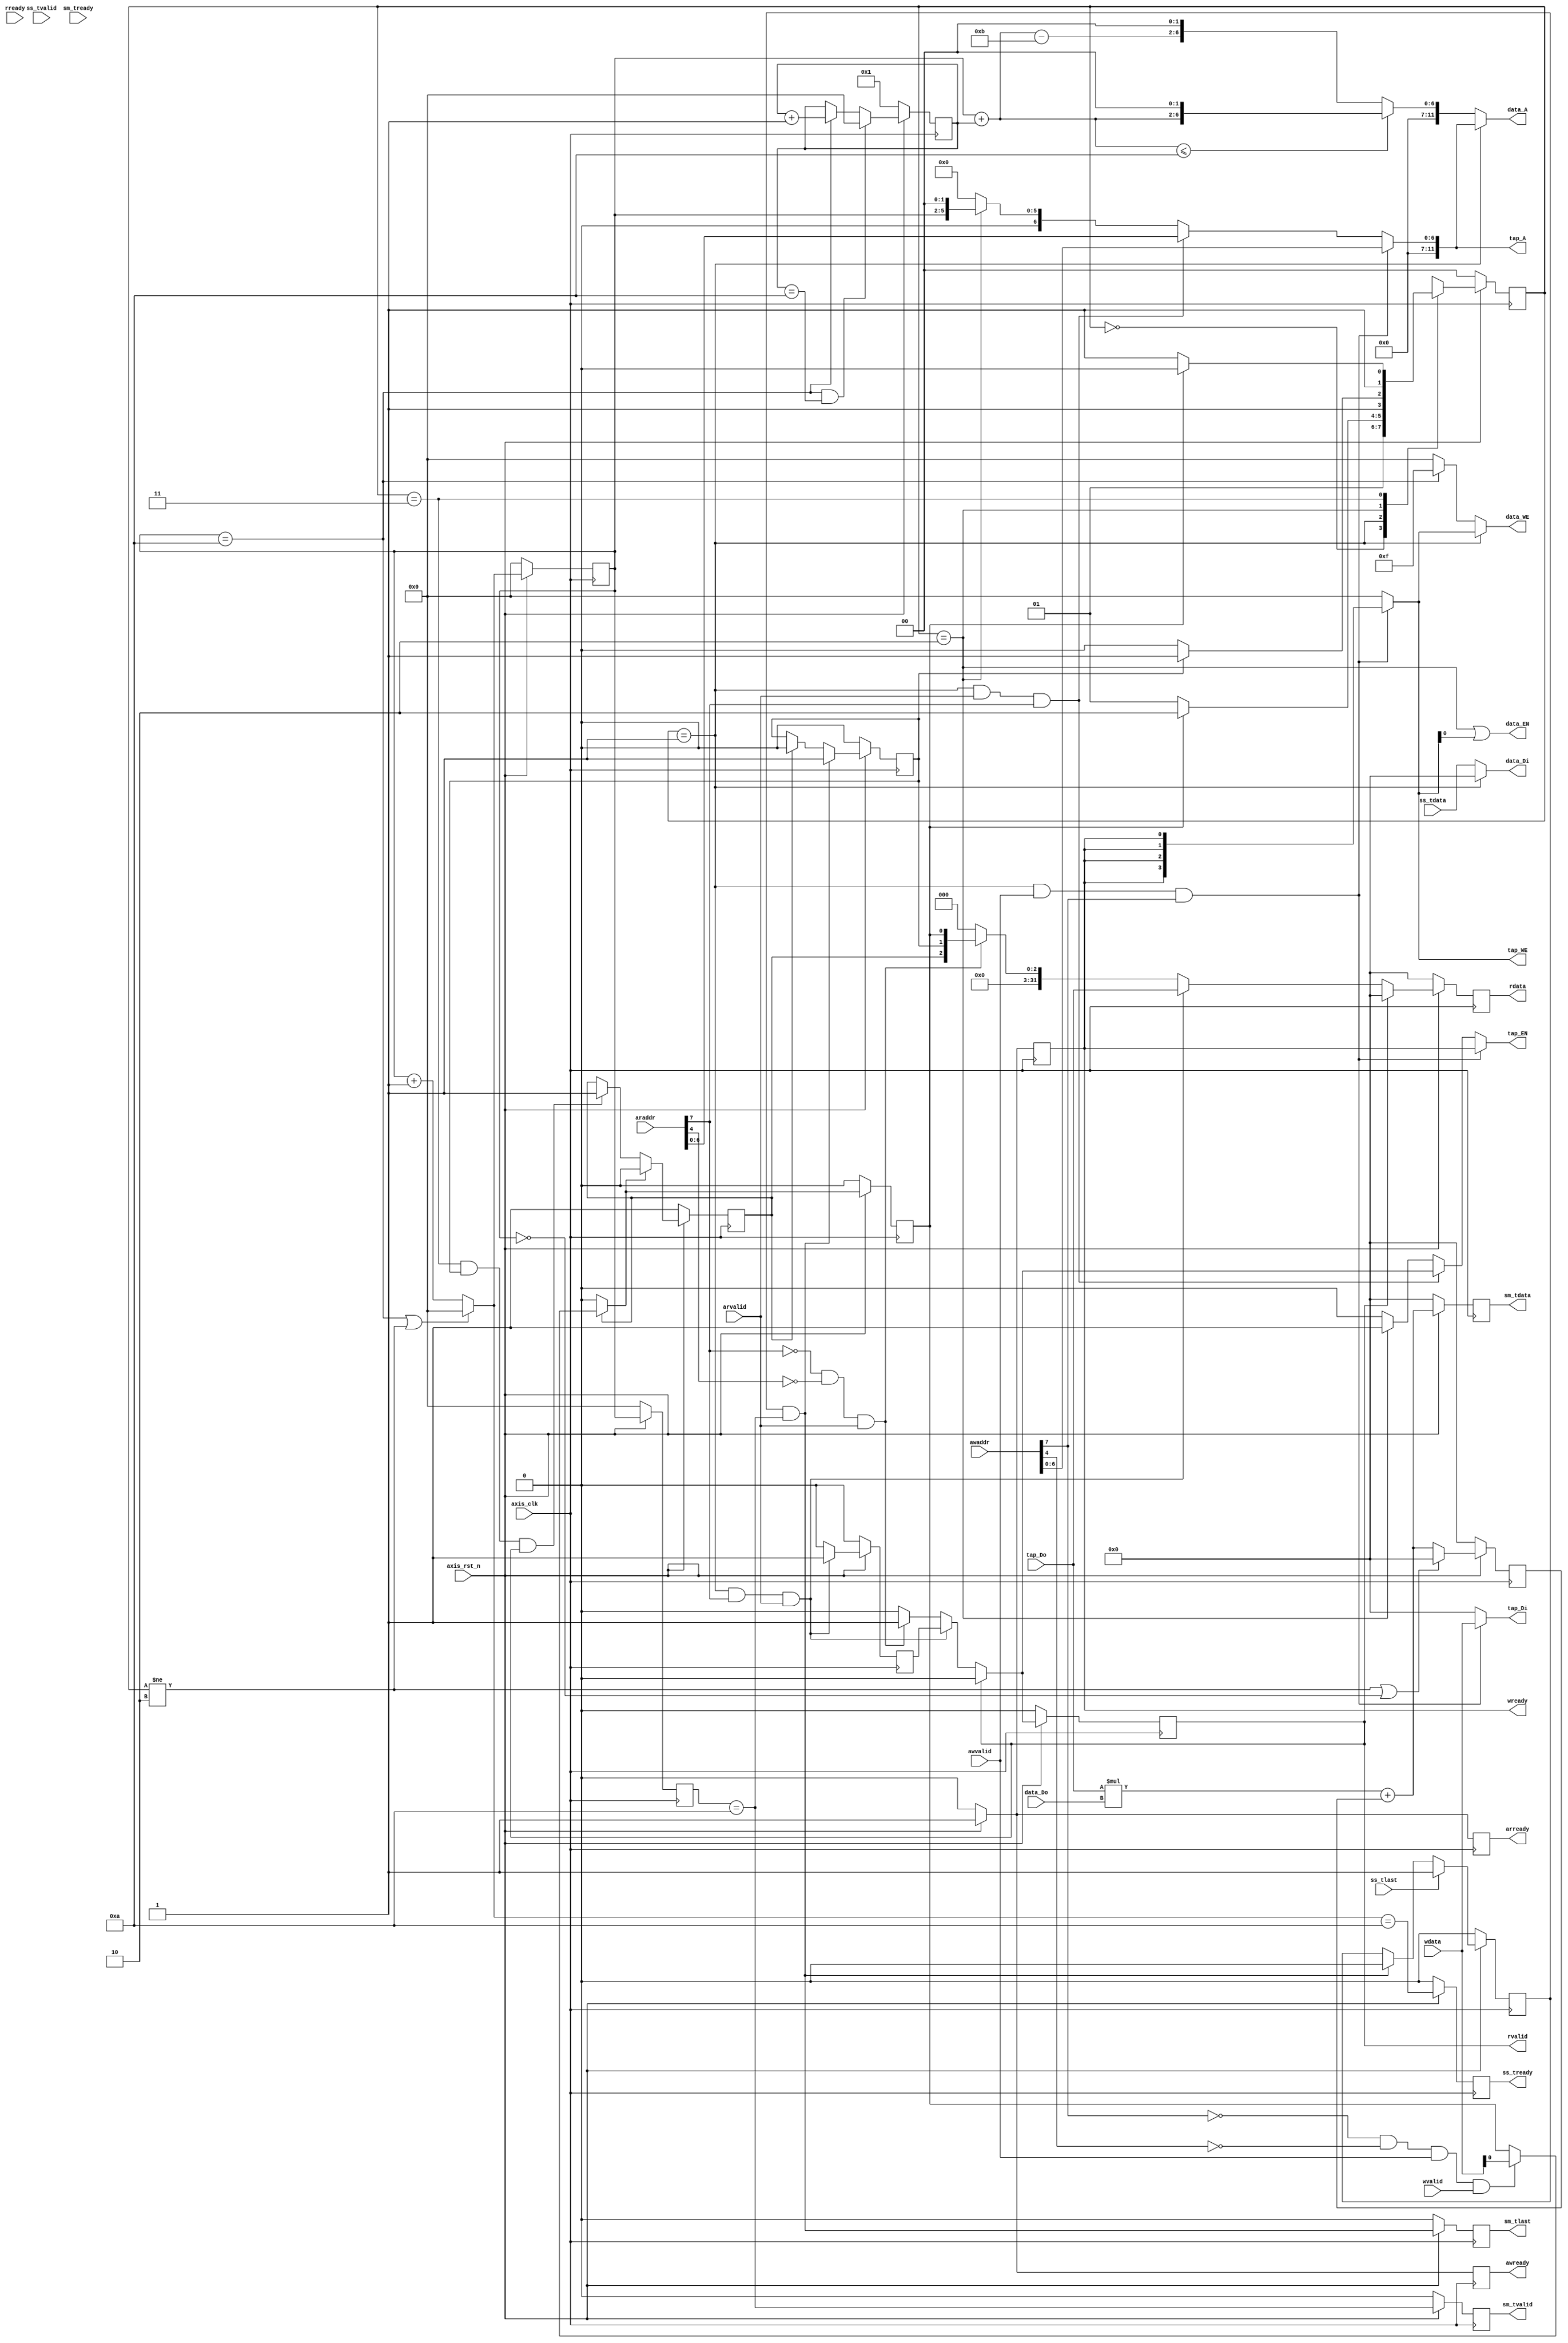
module fir 
#(  parameter pADDR_WIDTH = 12,
    parameter pDATA_WIDTH = 32,
    parameter Tape_Num    = 11
)
(
    output  wire                     awready,
    output  wire                     wready,
    input   wire                     awvalid,
    input   wire [(pADDR_WIDTH-1):0] awaddr,
    input   wire                     wvalid,
    input   wire [(pDATA_WIDTH-1):0] wdata,
    output  wire                     arready,
    input   wire                     rready,
    input   wire                     arvalid,
    input   wire [(pADDR_WIDTH-1):0] araddr,
    output  wire                     rvalid,
    output  wire [(pDATA_WIDTH-1):0] rdata,    
    input   wire                     ss_tvalid, 
    input   wire [(pDATA_WIDTH-1):0] ss_tdata, 
    input   wire                     ss_tlast, 
    output  wire                     ss_tready, 
    input   wire                     sm_tready, 
    output  wire                     sm_tvalid, 
    output  wire [(pDATA_WIDTH-1):0] sm_tdata, 
    output  wire                     sm_tlast, 
    
    // bram for tap RAM
    output  wire [3:0]               tap_WE,
    output  wire                     tap_EN,
    output  wire [(pDATA_WIDTH-1):0] tap_Di,
    output  wire [(pADDR_WIDTH-1):0] tap_A,
    input   wire [(pDATA_WIDTH-1):0] tap_Do,

    // bram for data RAM
    output  wire [3:0]               data_WE,
    output  wire                     data_EN,
    output  wire [(pDATA_WIDTH-1):0] data_Di,
    output  wire [(pADDR_WIDTH-1):0] data_A,
    input   wire [(pDATA_WIDTH-1):0] data_Do,

    input   wire                     axis_clk,
    input   wire                     axis_rst_n
);

reg r_awready, r_wready, r_arready, r_rvalid, r_ss_tready, r_sm_tvalid, r_sm_tlast;
reg [(pDATA_WIDTH-1):0] r_rdata, r_sm_tdata;
reg out_awready, out_wready, out_arready, out_rvalid, out_ss_tready, out_sm_tvalid, out_sm_tlast;
reg [(pDATA_WIDTH-1):0] out_rdata, out_sm_tdata;
reg m_tap_EN, m_data_EN;
reg [3:0] m_tap_WE, m_data_WE;
reg [(pDATA_WIDTH-1):0] m_tap_Di, m_data_Di;
reg [(pADDR_WIDTH-1):0] m_tap_A, m_data_A;


reg ap_start, n_ap_start, ap_done, n_ap_done, ap_idle, n_ap_idle;
reg out_rvalid_pre, out_rvalid_reg, last_flag, n_last_flag;
reg [10:0] data_num, n_data_num;
reg [(pDATA_WIDTH-1):0] y, pre_y, n_y;
reg [3:0] count_a, count_x, count, addr_flag, n_addr_flag;
reg [4:0] sum;
reg [1:0] state, n_state;
localparam IDLE = 2'd0, COEF = 2'd1, FIRR = 2'd2, IDLE2 = 2'd3;

// output
assign awready = r_awready;
assign wready = r_wready;
assign arready = r_arready;
assign rvalid = r_rvalid;
assign ss_tready = r_ss_tready;
assign sm_tvalid = r_sm_tvalid;
assign sm_tlast = r_sm_tlast;
assign rdata = r_rdata;
assign sm_tdata = r_sm_tdata;
assign tap_A = m_tap_A;
assign tap_Di = m_tap_Di;
assign tap_EN = m_tap_EN;
assign tap_WE = m_tap_WE;
assign data_A = m_data_A;
assign data_Di = m_data_Di;
assign data_EN = m_data_EN;
assign data_WE = m_data_WE;

// registers
always@(posedge axis_clk) begin
    if(~axis_rst_n) begin
        state <= IDLE;
        ap_start <= 1'b0;
        ap_done <= 1'b0;
        ap_idle <= 1'b1;
        data_num <= 10'b0;
        r_awready <= 1'b0;
        r_wready <= 1'b0;
        r_arready <= 1'b0;
        r_rvalid <= 1'b0;
        r_ss_tready <= 1'b0;
        r_sm_tvalid <= 1'b0;
        r_sm_tlast <= 1'b0;
        r_rdata <= 32'b0;
        r_sm_tdata <= 32'b0;
        out_rvalid_reg <= 1'b0;
        last_flag <= 1'b0;
        pre_y <= 32'b0;
        count_a <= 4'b0;
        count_x <= 4'b0;
        addr_flag <= 4'd1;
    end
    else begin
        state <= n_state;
        ap_start <= n_ap_start;
        ap_done <= n_ap_done;
        ap_idle <= n_ap_idle;
        data_num <= n_data_num;
        r_awready <= out_awready;
        r_wready <= out_wready;
        r_arready <= out_arready;
        r_rvalid <= out_rvalid;
        r_ss_tready <= out_ss_tready;
        r_sm_tvalid <= out_sm_tvalid;
        r_sm_tlast <= out_sm_tlast;
        r_rdata <= out_rdata;
        r_sm_tdata <= out_sm_tdata;
        out_rvalid_reg <= out_rvalid_pre;
        last_flag <= n_last_flag;
        pre_y <= n_y;
        count_a <= count;
        count_x <= count_a;
        addr_flag <= n_addr_flag;
    end
end

// read address
always@* begin
    if(r_rvalid) begin
        out_rvalid = 1'b0;
        out_rdata = 32'b0;
    end
    else if(state == COEF & araddr[7] & arvalid) begin
        out_rdata = tap_Do;
        out_rvalid = out_rvalid_reg;
    end
    else if (~araddr[7] & ~araddr[4] & arvalid) begin
        out_rdata = {29'b0, ap_idle, ap_done, ap_start};
        out_rvalid = 1'b1;
    end
    else begin
        out_rdata = 32'b0;
        out_rvalid = 1'b0;
    end 

    if(state == COEF & araddr[7] & arvalid) begin
        out_rvalid_pre = 1'b1;
    end
    else begin
        out_rvalid_pre = 1'b0;
    end
end

// ap_start
always@* begin
    if(~ap_idle) begin
        n_ap_start = 0;
    end
    else if(~awaddr[7] & ~awaddr[4] & awvalid & wvalid) begin
        n_ap_start = wdata[0];
    end
    else begin
        n_ap_start = ap_start;
    end
end

// ap_idle
always@* begin
    if(n_ap_start) begin
        n_ap_idle = 0;
    end
    else if(state == IDLE2 & ap_done & r_rvalid) begin
        n_ap_idle = 1;
    end
    else begin
        n_ap_idle = ap_idle;
    end
end

// ap_done
always@* begin
    if(out_sm_tlast) begin
        n_ap_done = 1'b1;
    end
    else if(ap_idle) begin
        n_ap_done = 1'b0;
    end
    else begin
        n_ap_done = ap_done;
    end
end

// FSM
always@* begin
    case(state)
    IDLE: begin
        n_state = COEF;
    end
    COEF: begin
        if(ap_start == 1) begin
            n_state = FIRR;
        end
        else begin
            n_state = COEF;
        end
    end
    FIRR: begin
        if(ap_done == 1) begin
            n_state = IDLE2;
        end
        else begin
            n_state = FIRR;
        end
    end
    IDLE2: begin
        if(ap_start == 1) begin
            n_state = FIRR;
        end
        else begin
            n_state = IDLE2;
        end
    end
    default: begin
        n_state = IDLE;
    end
    endcase
end

// data_num
always@* begin
    if(~awaddr[7] & awaddr[4] & awvalid & wvalid) begin
        n_data_num = wdata[11:0];
    end
    else begin
        n_data_num = data_num;
    end
end

// coef address
always@* begin
    if(state == COEF & awvalid & awaddr[7]) begin
        m_tap_A = {5'b0, awaddr[6:0]};
        m_tap_EN = r_wready;
        m_tap_WE = {4{r_wready}};
        m_tap_Di = wdata;
    end
    else if(state == COEF & arvalid & araddr[7]) begin
        m_tap_A = {5'b0, araddr[6:0]};
        m_tap_EN = out_rvalid;
        m_tap_WE = 4'b0;
        m_tap_Di = 32'b0;
    end
    else if(state == FIRR) begin
        m_tap_A = {6'b0, count_a, 2'b0};
        m_tap_EN = 1'b1;
        m_tap_WE = 4'b0;
        m_tap_Di = 32'b0;
    end
    else begin
        m_tap_A = 12'b0;
        m_tap_EN = 1'b0;
        m_tap_WE = 4'b0;
        m_tap_Di = 32'b0;
    end
end

// address flag
always@* begin
    if((count_a == 4'd10) & (addr_flag == 4'd10)) begin
        n_addr_flag = 4'd0;
    end
    else if(count_a == 4'd10) begin
        n_addr_flag = addr_flag + 1'b1;
    end
    else begin
        n_addr_flag = addr_flag;
    end
end

// data addr
always@* begin
    sum = count_a + addr_flag;
    m_data_WE = (state == COEF) ? m_tap_WE : (count_a == 4'd10) ? {4{1'b1}} : 4'b0;
    m_data_A  = (state == COEF) ? m_tap_A  : (sum <= 5'd10) ? {5'b0, sum, 2'b0} : {5'b0, (sum - 5'd11), 2'b0};
    m_data_Di = (state == COEF) ? 32'b0    : ss_tdata;
    m_data_EN = (state == FIRR) | m_tap_WE[0];
end

// control
always@* begin
    n_last_flag = (ss_tlast == 1'b1) ? 1'b1 : ((out_sm_tlast == 1'b1) ? 1'b0 : last_flag) ;
    out_ss_tready = (count == 4'd10);
    out_sm_tdata = y;
    out_sm_tvalid = (count_x == 4'd10);
    out_sm_tlast = ((last_flag == 1'b1) & (count_x == 4'd10));
    out_arready = 1;
    out_awready = 1;
    out_wready = 1;
end 

// counter
always@* begin
    if ((count_a == 4'd10) | (state != FIRR)) begin
        count = 0;
    end
    else begin
        count = count_a + 1'b1;
    end
end

// FIR
always@* begin
    y = (tap_Do * data_Do) + pre_y;
    if (state != FIRR | (count_a == 4'd0)) begin
        n_y = 32'd0;
    end
    else begin
        n_y = y;
    end
end

endmodule